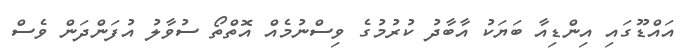
އައްޑޫގައި އިންޑިއާ ބަޔަކު އާބާދު ކުރުމުގެ ވިސްނުމެއް އޮތްތޯ ސުވާލު އުފަންދަން ވެސް